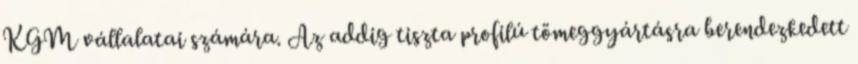
KGM vállalatai számára. Az addig tiszta profilú tömeggyártásra berendezkedett